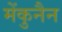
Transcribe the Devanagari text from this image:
मेंकुनैन